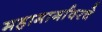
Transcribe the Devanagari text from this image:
महामार्गावरचे